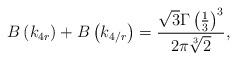
LaTeX: \begin{align*}B\left(k_{4r}\right)+B\left(k_{4/r}\right)=\frac{\sqrt{3}\Gamma\left(\frac{1}{3}\right)^3}{2\pi \sqrt[3]{2}},\end{align*}